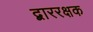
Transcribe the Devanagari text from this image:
द्बाररक्षक